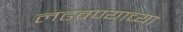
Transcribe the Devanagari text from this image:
लढवण्याच्या